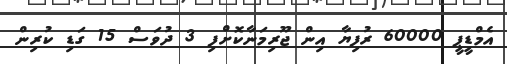
އެމްޑީޕީ 60000 ރުފިޔާ އިން ޖޫރިމަނާކޮށްފި 3 ދުވަސް 15 ގަޑި ކުރިން